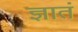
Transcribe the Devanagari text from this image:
ज्ञातं